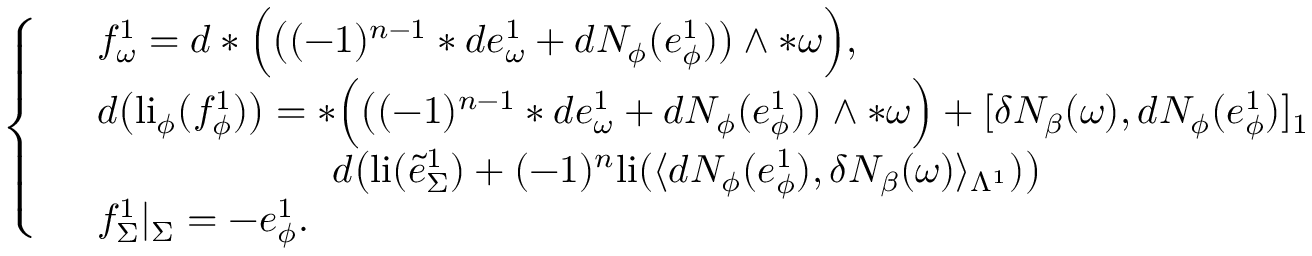
\left\{ \begin{array} { l l } & { f _ { \omega } ^ { 1 } = d \ast \Big ( \big ( ( - 1 ) ^ { n - 1 } \ast d e _ { \omega } ^ { 1 } + d N _ { \phi } ( e _ { \phi } ^ { 1 } ) \big ) \wedge \ast \omega \Big ) , } \\ & { d \big ( \mathrm { l i } _ { \phi } ( f _ { \phi } ^ { 1 } ) \big ) = \ast \Big ( \big ( ( - 1 ) ^ { n - 1 } \ast d e _ { \omega } ^ { 1 } + d N _ { \phi } ( e _ { \phi } ^ { 1 } ) \big ) \wedge \ast \omega \Big ) + [ \delta N _ { \beta } ( \omega ) , d N _ { \phi } ( e _ { \phi } ^ { 1 } ) ] _ { 1 } } \\ & { \qquad \qquad \qquad d \big ( \mathrm { l i } ( \tilde { e } _ { \Sigma } ^ { 1 } ) + ( - 1 ) ^ { n } \mathrm { l i } ( \langle d N _ { \phi } ( e _ { \phi } ^ { 1 } ) , \delta N _ { \beta } ( \omega ) \rangle _ { \Lambda ^ { 1 } } ) \big ) } \\ & { f _ { \Sigma } ^ { 1 } | _ { \Sigma } = - e _ { \phi } ^ { 1 } . } \end{array} \right.